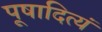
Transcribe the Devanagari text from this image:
पूषादित्यं